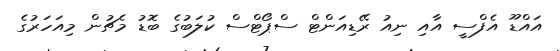
އައްޑޫ އެފްސީ އާއި ނިއު ރޭޑިއަންޓް ސްޕޯޓްސް ކުލަބުގެ ބޮޑު މެޗުން މިއަހަރުގެ